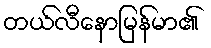
တယ်လီနောမြန်မာ၏